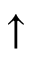
\uparrow